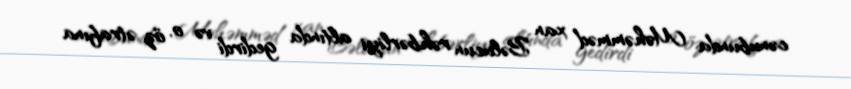
cənubunda Məhəmməd xan Bəlucun rəhbərliyi altında gedirdi və o, öz ətrafına